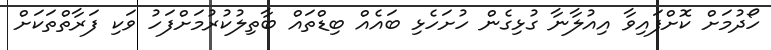
ހޯދުމަށް ކޮށްފައިވާ އިއުލާނާ ގުޅިގެން ހުށަހެޅި ބައެއް ބިޑްތައް ބާތިލުކުރުމަށްފަހު ވަކި ފަރާތްތަކަށް